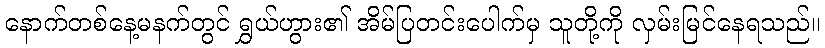
နောက်တစ်နေ့မနက်တွင် ရွှယ်ဟွား၏ အိမ်ပြတင်းပေါက်မှ သူတို့ကို လှမ်းမြင်နေရသည်။